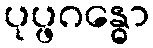
ပုပ္ဖဂန္ဓော